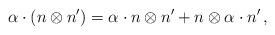
LaTeX: \begin{align*} \alpha \cdot (n \otimes n') = \alpha \cdot n \otimes n' + n \otimes \alpha \cdot n'\,, \end{align*}